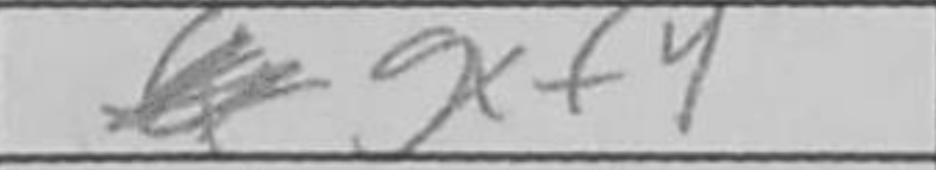
Transcription: gxf4